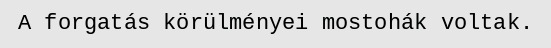
A forgatás körülményei mostohák voltak.